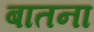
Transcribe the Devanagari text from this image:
बातना